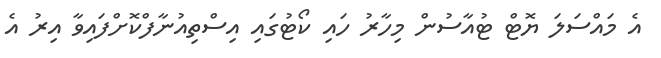
އެ މައްސަލަ ޔޮޓް ޓުއާސުން މިހާރު ހައި ކޯޓުގައި އިސްތިއުނާފްކޮށްފައިވާ އިރު އެ